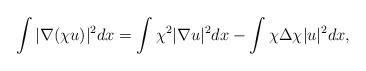
LaTeX: \begin{align*}\int |\nabla(\chi u)|^2 dx = \int \chi^2 |\nabla u|^2 dx -\int \chi \Delta \chi |u|^2 dx,\end{align*}